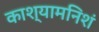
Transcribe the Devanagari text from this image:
काश्यामनिशं